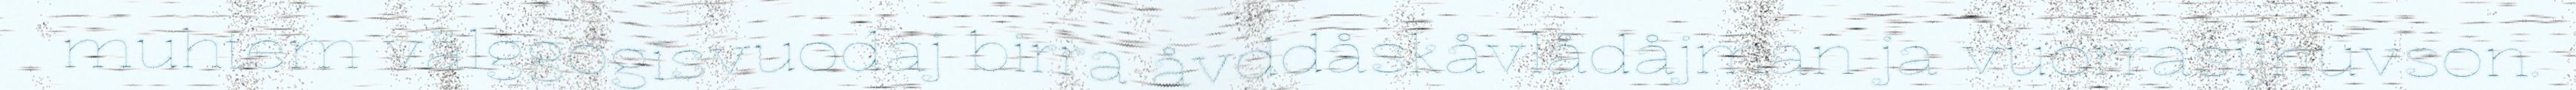
muhtem välggogisvuodaj birra åvddåskåvlådåjman ja vuorrasijhuvson.